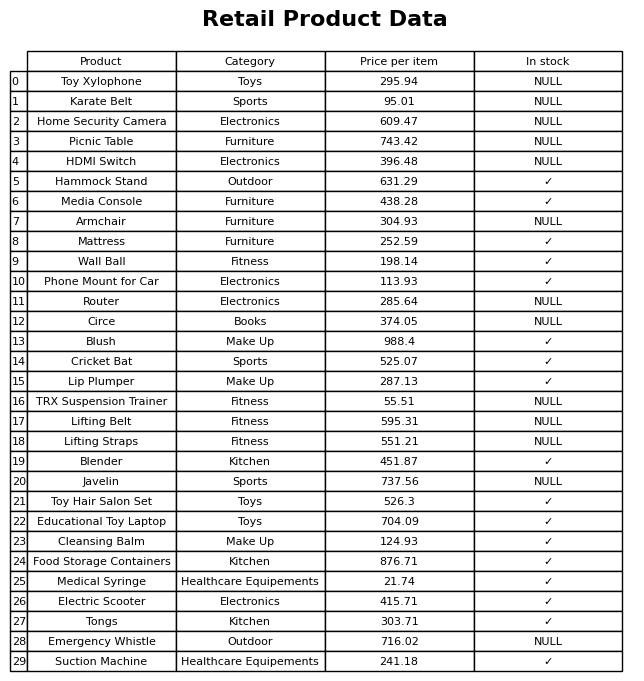
question: Is the Lifting Belt in stock?
answer: NULL